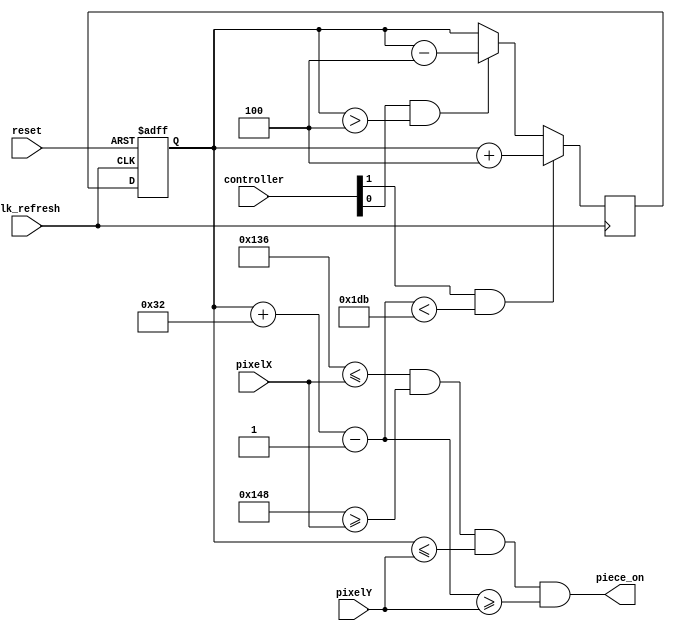
module movingpiece(
	input wire clk_refresh,
	input wire reset,
	input wire [1:0] controller,
	input wire [9:0] pixelX,
	input wire [9:0] pixelY,
	output piece_on
    );

	integer H_Display = 640; // end of hor display 639
	// start of hor FP 640
	integer V_Display = 480; // end of ver display 479
	// start of ver FP 480
	
	// outlining the piece: line
	integer leftside = 310; // piece's left side
	integer rightside = 328; // piece's right side
	wire [9:0] top; // piece's top barrier
	wire [9:0] bottom; // piece's bottom barrier
	
	integer size = 50; // piece's size... if done correctly
	// it should display a line
	integer velocity = 4; // piece's movement speed
	
	wire piece_on; // determines if the piece is displayed
	//wire [2:0] piece_color;
	
	reg [9:0] currentstate;
	reg [9:0] nextstate;
	
	always@ (posedge clk_refresh, posedge reset) begin
		if (reset) begin
			currentstate <= 0;
			currentstate <= 0;
		end
		
		else begin
			currentstate <= nextstate;
			currentstate <= nextstate;
		end
	end
	
	assign top = currentstate; // setting top barrier
	assign bottom = top + size - 1; // setting bottom barrier
	assign piece_on = ((leftside <= pixelX) && (rightside >= pixelX) && (top <= pixelY) && (bottom >= pixelY));
	
	always@ (posedge clk_refresh) begin
		nextstate = currentstate;
		if (controller[1] & (bottom < (V_Display - 1 - velocity)))
			nextstate = currentstate + velocity;
			
		else if (controller[0] & (top > velocity))
			nextstate = currentstate - velocity;
	end	
		
endmodule